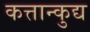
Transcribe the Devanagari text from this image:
कत्तान्कुद्य